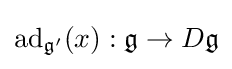
\operatorname {ad} _{{\mathfrak {g}}'}(x):{\mathfrak {g}}\to D{\mathfrak {g}}